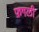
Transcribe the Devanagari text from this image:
फ़गली